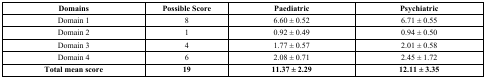
| Domains | Possible Score | Paediatric | Psychiatric |
 | --- | --- | --- | --- |
 | Domain 1 | 8 | 6.60 ± 0.52 | 6.71 ± 0.55 |
 | Domain 2 | 1 | 0.92 ± 0.49 | 0.94 ± 0.50 |
 | Domain 3 | 4 | 1.77 ± 0.57 | 2.01 ± 0.58 |
 | Domain 4 | 6 | 2.08 ± 0.71 | 2.45 ± 1.72 |
 | Total mean score | 19 | 11.37 ± 2.29 | 12.11 ± 3.35 |